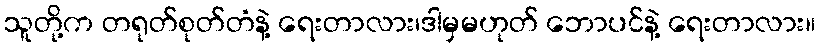
သူတို့က တရုတ်စုတ်တံနဲ့ ရေးတာလား၊ဒါမှမဟုတ် ဘောပင်နဲ့ ရေးတာလား။